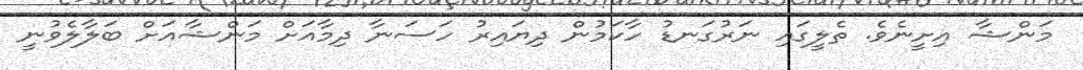
މަންޝާ އިށީނެވެ. ތެލީގައި ނަރުގަނޑު ހާކަމުން ދިޔައިރު ހަސަނާ ދިމާއަށް މަންޝާއަށް ބަލާލެވުނީ